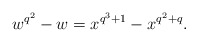
\begin{align*}w^{q^2}-w=x^{q^3+1}-x^{q^2+q}.\end{align*}